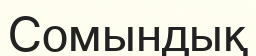
Сомындық